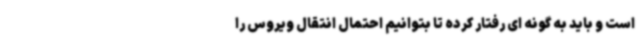
است و باید به گونه ای رفتار کرده تا بتوانیم احتمال انتقال ویروس را